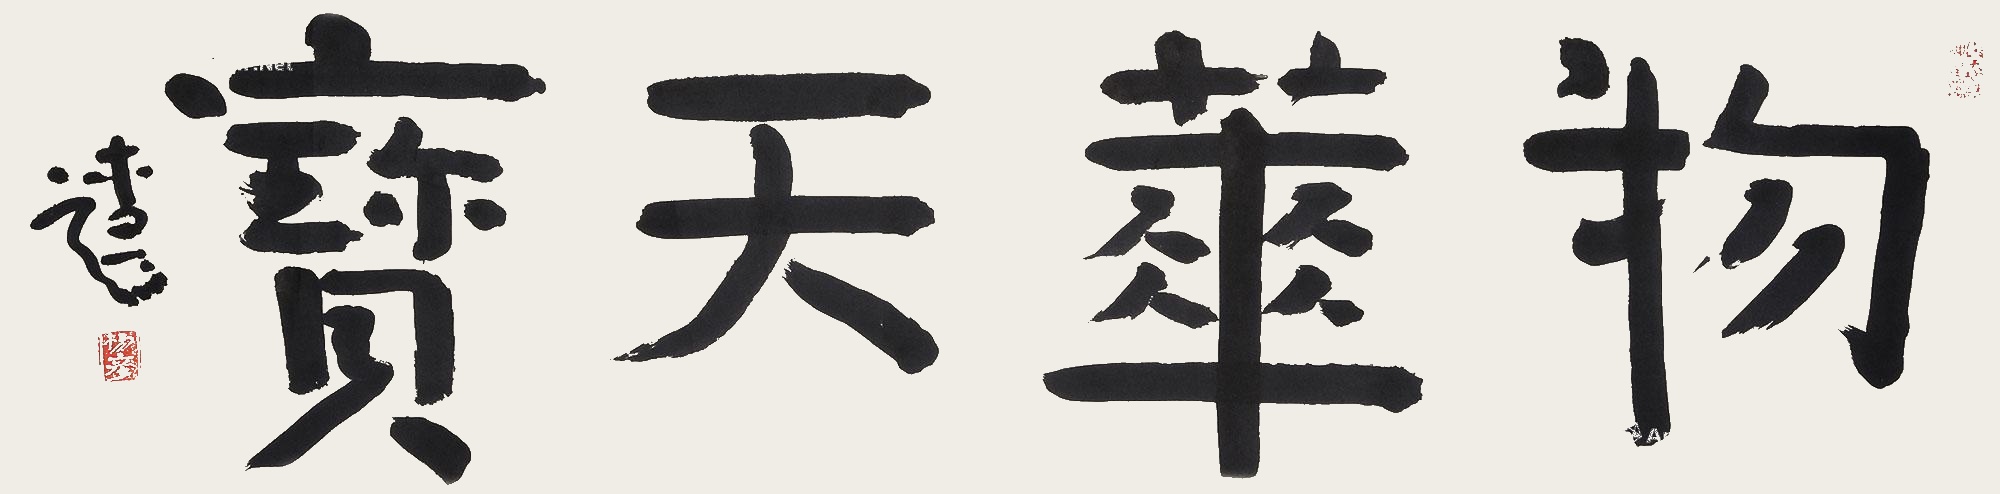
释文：物华天宝杨彦